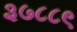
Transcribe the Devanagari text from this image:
३७८८९